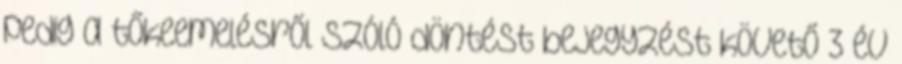
pedig a tőkeemelésről szóló döntést bejegyzést követő 3 év